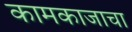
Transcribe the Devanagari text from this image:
कामकाजाचा